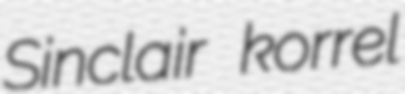
Sinclair korrel